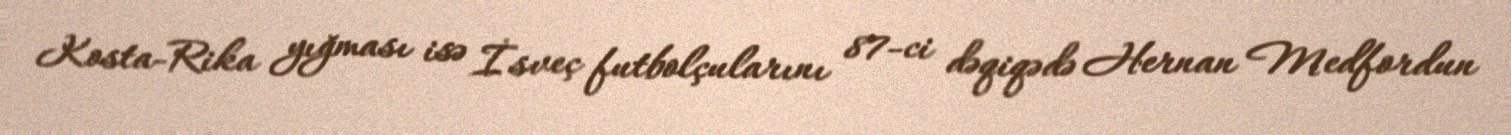
Kosta-Rika yığması isə İsveç futbolçularını 87-ci dəqiqədə Hernan Medfordun